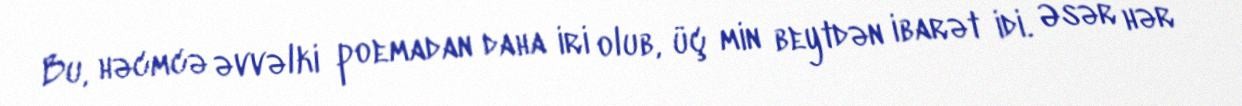
Bu, həcmcə əvvəlki poemadan daha iri olub, üç min beytdən ibarət idi. Əsər hər